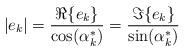
LaTeX: \begin{align*}| e_k | = \frac{\Re\{ e_k \}}{\cos(\alpha_k^*)} = \frac{\Im\{ e_k \}}{\sin(\alpha_k^*)}\end{align*}